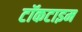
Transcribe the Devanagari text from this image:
टॉकटाइम